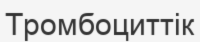
Тромбоциттік